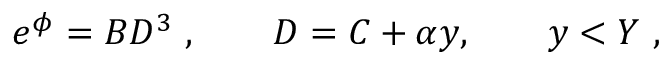
e ^ { \phi } = B D ^ { 3 } \ , \qquad D = C + \alpha y , \qquad y < Y \ ,